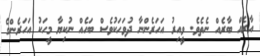
އާރެއް ބާރެއް ނެތެވެ. ވީއިރު އަހަރެންނާ ދުވަހަކުވެސް ބަހެއް ނުކިޔާ މީހަކު އަހަރެންގެ